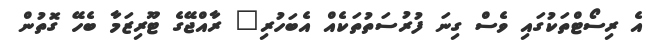
އެ ރިސޯޓްތަކުގައި ވެސް ގިނަ ފުރުސަތުތަކެއް އެބަހުރި" ރާއްޖޭގެ ޓޫރިޒަމާ ބެހޭ ގޮތުން